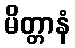
မိတ္တာနံ